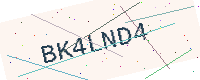
Text: BK4LND4